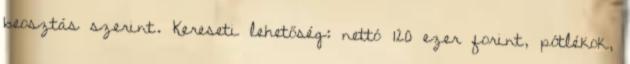
beosztás szerint. Kereseti lehetőség: nettó 120 ezer forint, pótlékok,